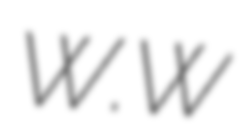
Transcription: W.W